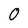
Character: O